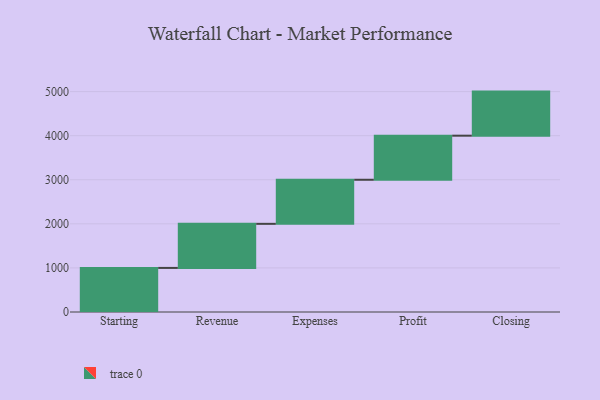
{"axis": {"x": "Step", "y": "Value"}, "legend": [""], "data": [{"x": "Starting", "y": 1000, "type": ""}, {"x": "Revenue", "y": 1000, "type": ""}, {"x": "Expenses", "y": 1000, "type": ""}, {"x": "Profit", "y": 1000, "type": ""}, {"x": "Closing", "y": 1000, "type": ""}]}